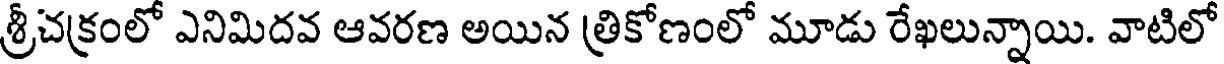
శ్రీచక్రంలో ఎనిమిదవ ఆవరణ అయిన త్రికోణంలో మూడు రేఖలున్నాయి. వాటిలో